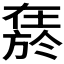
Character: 𱗬